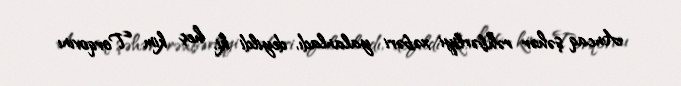
Ancaq şəhər rəhbərliyi xəbəri yalanladı, deyildi ki, heç kim Torqovını